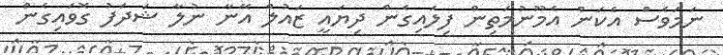
ނަމަވެސް އެކަން އެމޫނުމަތިން ފިލައިގެން ދިޔައީ ޒައުލް އޭނާ ނުލާ ޝަދަފު ގޮވައިގެން